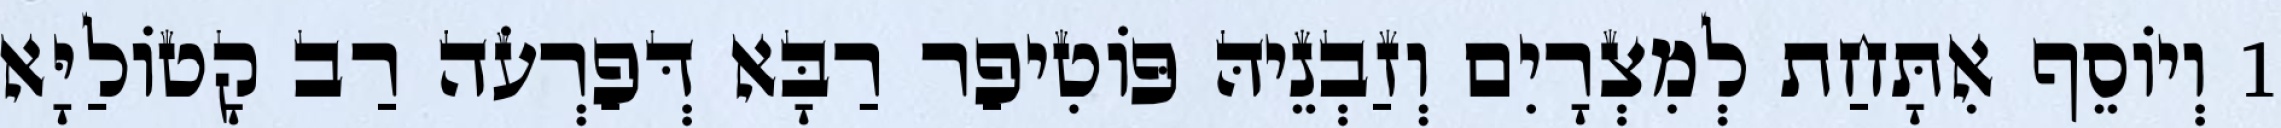
1 וְיוֹסֵף אִתָּחַת לְמִצְרָיִם וְזַבְנֵיהּ פּוֹטִיפַר רַבָּא דְּפַרְעֹה רַב קָטוֹלַיָּא